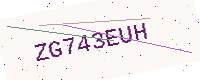
Text: ZG743EUH